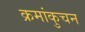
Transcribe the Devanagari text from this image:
क्रमांकुचन